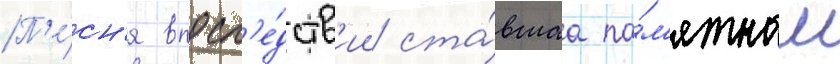
П'е́сн'я впосл'е́дств'ии ста́вшаа па́м'ятным